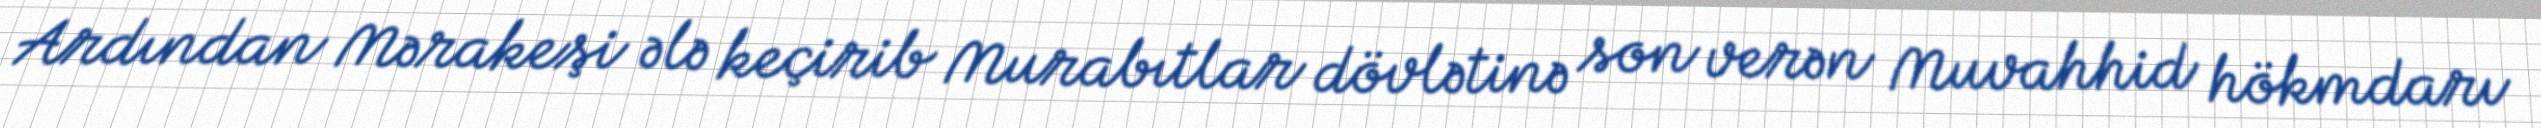
Ardından Mərakeşi ələ keçirib Murabıtlar dövlətinə son verən Muvahhid hökmdarı